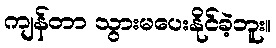
ကျန်တာ သွားမပေးနိုင်ခဲ့ဘူး။